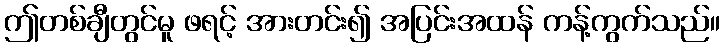
ဤတစ်ချီတွင်မူ ဖရင့် အားတင်း၍ အပြင်းအထန် ကန့်ကွက်သည်။